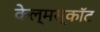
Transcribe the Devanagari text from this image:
केल्मस्काॅट